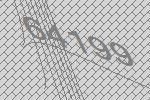
64199